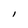
Character: l